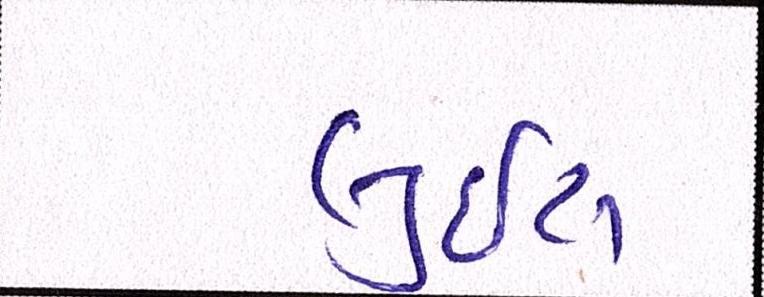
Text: લુઇસ